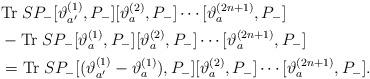
LaTeX: \begin{align*}&{\rm Tr}\;SP_-[\vartheta_{a'}^{(1)},P_-][\vartheta_a^{(2)},P_-]\cdots[\vartheta_a^{(2n+1)},P_-]\\&-{\rm Tr}\;SP_-[\vartheta_{a}^{(1)},P_-][\vartheta_a^{(2)},P_-]\cdots[\vartheta_a^{(2n+1)},P_-]\\&={\rm Tr}\;SP_-[(\vartheta_{a'}^{(1)}-\vartheta_{a}^{(1)}),P_-][\vartheta_a^{(2)},P_-]\cdots[\vartheta_a^{(2n+1)},P_-].\end{align*}